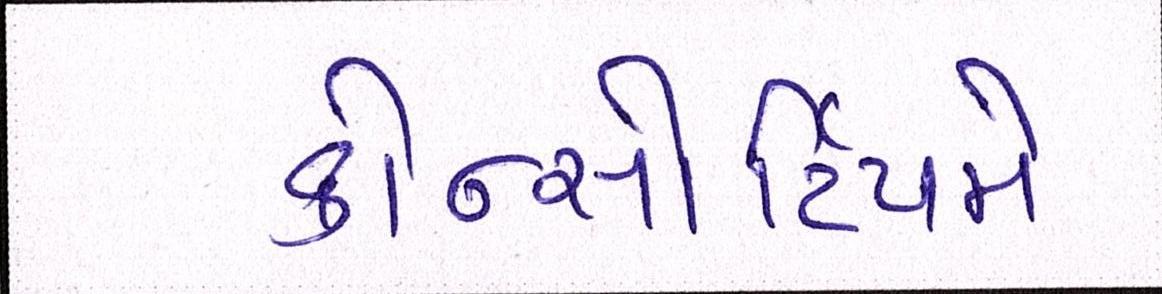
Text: કોન્સોર્ટિયમે